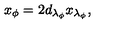
x _ { \phi } = 2 d _ { \lambda _ { \phi } } x _ { \lambda _ { \phi } } ,